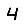
Digit: 4